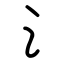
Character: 氵